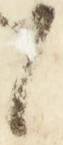
候